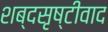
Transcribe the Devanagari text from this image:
शब्दसृष्टीवाद